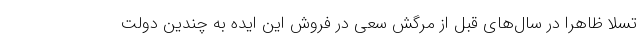
تسلا ظاهراً در سال‌های قبل از مرگش سعی در فروش این ایده به چندین دولت